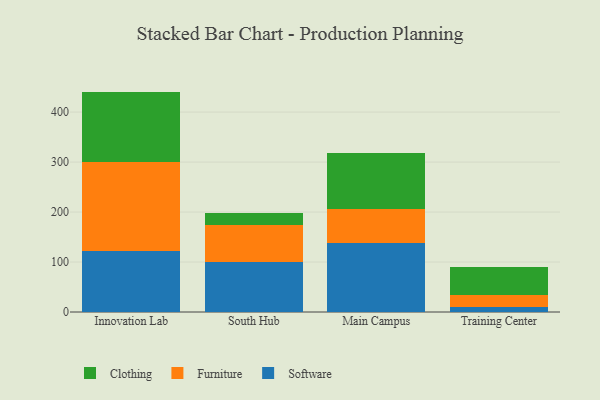
{"axis": {"x": "Campus", "y": "Website Visitors"}, "legend": ["Clothing", "Furniture", "Software"], "data": [{"x": "Innovation Lab", "y": 121.6, "type": "Software"}, {"x": "Innovation Lab", "y": 179.1, "type": "Furniture"}, {"x": "Innovation Lab", "y": 140.3, "type": "Clothing"}, {"x": "South Hub", "y": 100.6, "type": "Software"}, {"x": "South Hub", "y": 73.3, "type": "Furniture"}, {"x": "South Hub", "y": 24.8, "type": "Clothing"}, {"x": "Main Campus", "y": 138.8, "type": "Software"}, {"x": "Main Campus", "y": 67.1, "type": "Furniture"}, {"x": "Main Campus", "y": 112.9, "type": "Clothing"}, {"x": "Training Center", "y": 9.7, "type": "Software"}, {"x": "Training Center", "y": 23.6, "type": "Furniture"}, {"x": "Training Center", "y": 57.6, "type": "Clothing"}]}